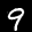
Label: 9